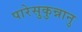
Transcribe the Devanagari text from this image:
पारेसुकुन्नानु